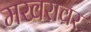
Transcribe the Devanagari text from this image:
मखरावर